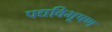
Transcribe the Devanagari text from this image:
पद्यविभूषण